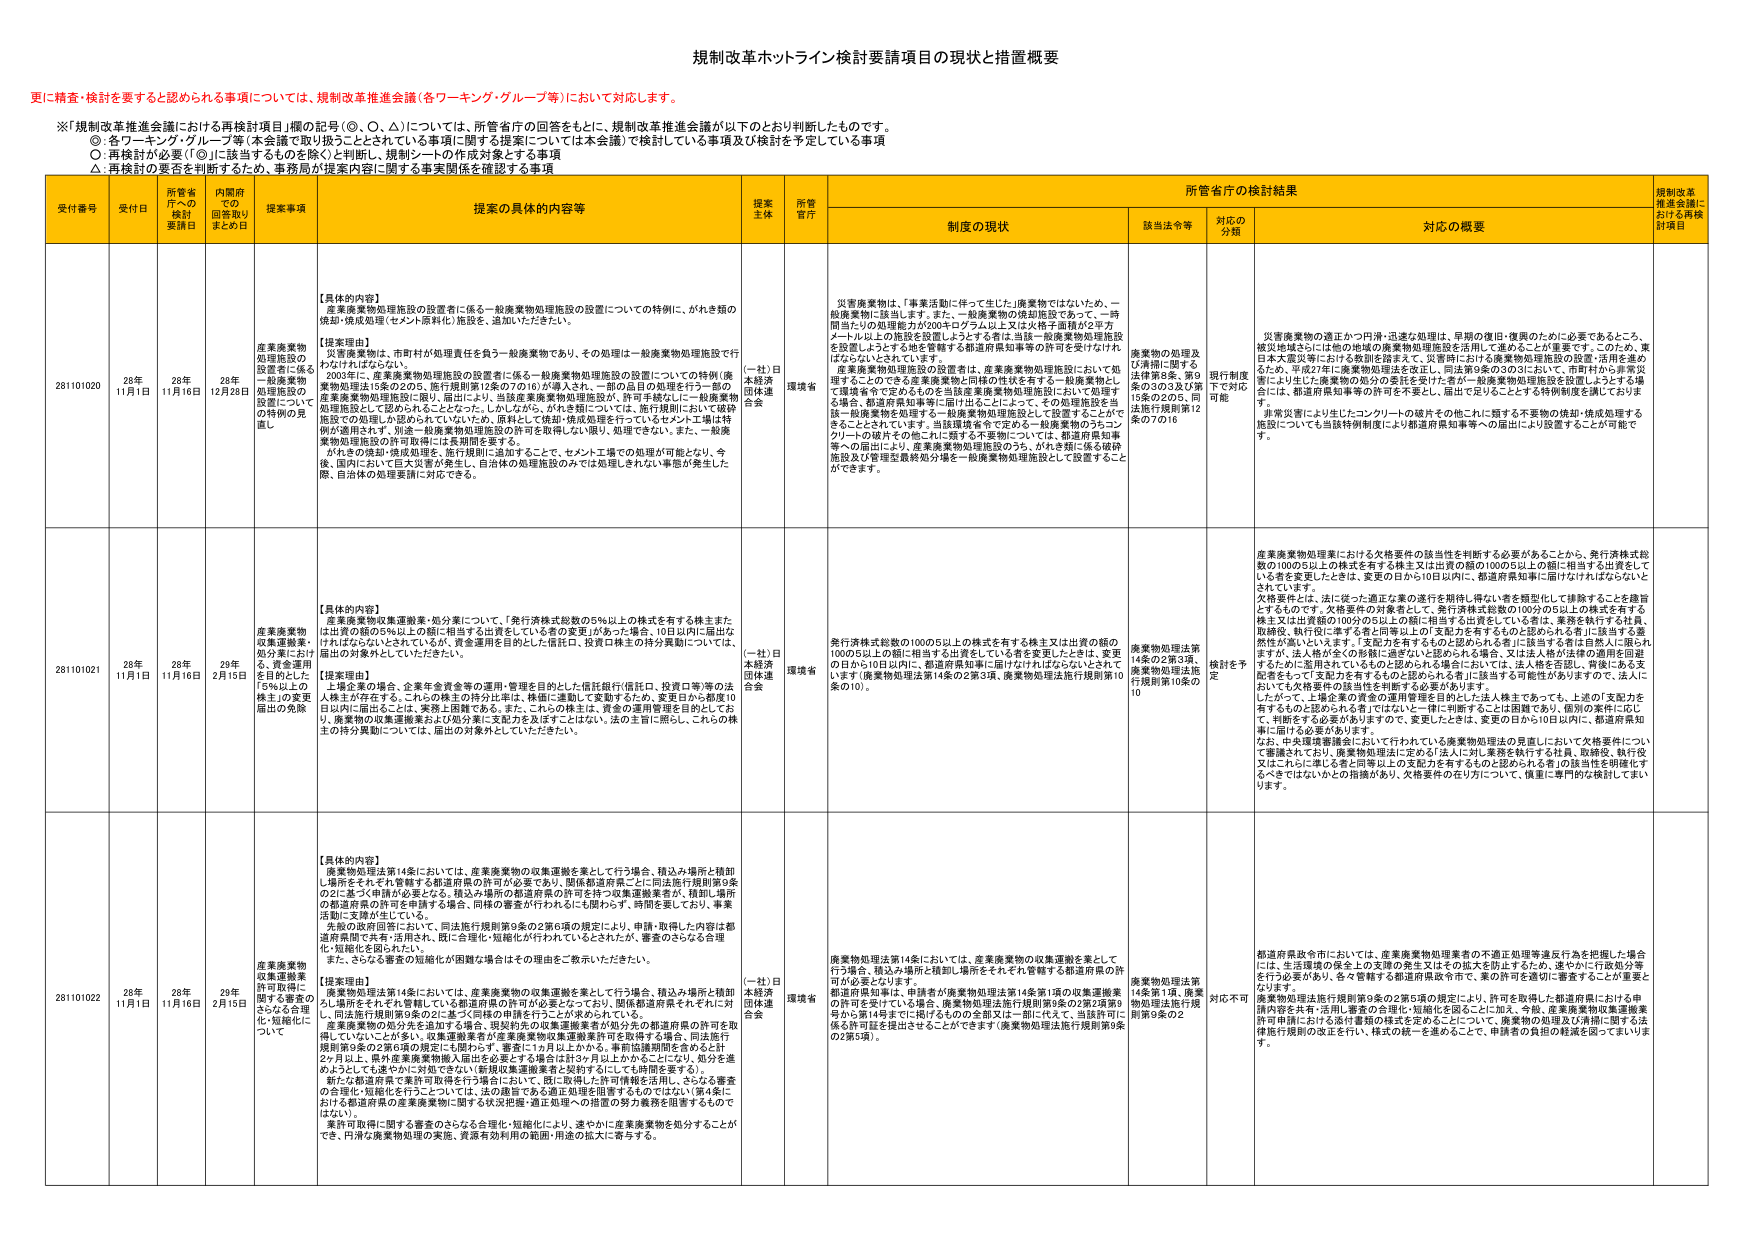
規制改革ホットライン検討要請項目の現状と措置概要

更に精査・検討を要すると認められる事項については、規制改革推進会議（各ワーキンググループ等）において対応します。

※「規制改革推進会議における再検討項目」欄の記号（○、◎、△）については、所管省庁の回答をもとに、規制改革推進会議が以下のとおり判断したものです。
○：各ワーキング・グループ等（本会議で取り扱うこととされている事項に関する提案については本会議）で検討している事項及び検討を予定している事項
◎：再検討が必要（「◎」に該当するものと除く）と判断し、規制シートの作成対象とする事項
△：再検討の要否を判断するため、事務局が提案内容に関する事実関係を確認する事項

受付番号 受付日 所管省庁への検討要請日 内閣府での回答取りまとめ日 提案事項 提案の具体的内容等 提案主体 所管省庁 所管省庁の検討結果 規制改革推進会議における再検討項目
制度の現状 該当法令等 対応の分類 対応の概要

281101020 28年11月1日 28年11月16日 28年12月28日 産業廃棄物処理施設の設置者に係る一般廃棄物処理施設の設置についての特例の見直し 【具体的內容】
産業廃棄物処理施設の設置者に係る一般廃棄物処理施設の設置についての特例に、がれき類の焼却・焼成処理（セメント原料化）施設を、追加いただきたい。

【提案理由】
災害廃棄物は、市町村が処理責任を負う一般廃棄物であり、その処理は一般廃棄物処理施設で行わなければならない。
2003年に、産業廃棄物処理施設の設置者に係る一般廃棄物処理施設の設置についての特例（廃棄物処理法15条の2の5、施行規則第12条の7の16）が導入され、一部の品目が処理を行う一部の産業廃棄物処理施設の設置者に、当該施設の設置に係る許可を、当該施設の設置者に係る一般廃棄物処理施設として認められることとなった。しかしながら、がれき類については、施行規則において破砕施設での処理しか認められていないため、原料として焼却・焼成処理を行っているセメント工場は特例が適用されず、別途一般廃棄物処理施設の許可を取得しない限り、処理できない。また、一般廃棄物処理施設の許可取得には長期間を要する。
がれきの焼却・焼成処理を、施行規則に追加することで、セメント工場での処理が可能となり、今後、国内において巨大災害が発生し、自治体の処理施設のみでは処理しきれない事態が発生した際、自治体の処理要請に対応できる。 （一社）日本経済団体連合会 環境省 災害廃棄物は、「事業活動に伴って生じた」廃棄物ではないため、一般廃棄物に該当します。また、一般廃棄物の焼却施設であって、一時間当たりの処理能力が200キログラム以上又は火焔子面積が2平方メートル以上の施設を設置しようとする者は、当該一般廃棄物処理施設を設置しようとする地を管轄する都道府県知事等の許可を受けなければならんとされています。
産業廃棄物処理施設の設置者は、産業廃棄物処理施設において処理することのできる産業廃棄物と同様の性状を有する一般廃棄物として環境省令で定めるものを当該産業廃棄物処理施設において処理する場合、都道府県知事等に届け出ることによって、その処理施設を当該一般廃棄物を処理する一般廃棄物処理施設として設置することができるとしています。当該環境省令で定める一般廃棄物のうちコンクリートの破片その他これに類する不要物については、都道府県知事等への届出により、産業廃棄物処理施設のうち、がれき類に係る破砕施設及び管理監視検知分離一般廃棄物処理施設として設置することができる。 廃棄物の処理及び清掃に関する法律第8条、第9条の3の3及び第15条の2の5、同法施行規則第12条の7の16 現行制度下で対応可能 災害廃棄物の適正かつ円滑・迅速な処理は、早期の復旧・復興のために必要であるところ、被災地域さらには他の地域の産業廃棄物処理施設を活用して進めることが重要です。このため、東日本大震災等における教訓を踏まえて、災害時における廃棄物処理施設の設置・活用を進めるため、平成27年に廃棄物処理法を改正し、同法第9条の3の3において、市町村から非常災害により生じた産業物の処分の委託を受けた者が一般廃棄物処理施設を設置しようとする場合には、都道府県知事等の許可を不要とし、届出で足りることとする特例制度を講じております。
非常災害により生じたコンクリートの破片その他これに類する不要物の焼却・焼成処理する施設についても当該特例制度により都道府県知事等への届出により設置することが可能です。

281101021 28年11月1日 28年11月16日 28年2月15日 産業廃棄物収集運搬業・処分業にあつける15%以上の株主の変更届出の免除 【具体的內容】
産業廃棄物収集運搬業・処分業について、「発行済株式総数の5%以上の株式を有する株主または出資の額の5%以上の額に相当する出資をしている者の変更」があった場合、10日以内に届出が行われないといけないが、資金運用を目的とした信託口、投資口株主の持分異動については、届出の対象外としていただきたい。

【提案理由】
上場企業の株価、企業年金資金等の運用・管理を目的とした信託銀行信託口、投資口等の法人株主が存在する。これらの株主の持分は単に株価に連動して変動するため、変更日から起算10日以内に届出ることは、実務上困難である。また、これらの株主は、資金の運用管理を目的としており、廃棄物の収集運搬業および処分業に支配力を及ぼすことはない。法の主旨に照らし、これらの株主の持分異動については、届出の対象外としていただきたい。 （一社）日本経済団体連合会 環境省 発行済株式総数の100の5以上の株式を有する株主又は出資の額の100の5以上の額に相当する出資をしている者を変更したときは、変更の日から10日以内に、都道府県知事に届け出なければならない。発行済株式総数の100の5以上の株式を有する株主又は出資の額の100の5以上の額に相当する出資をしている者を変更したときは、変更の日から10日以内に、都道府県知事に届け出なければならない。 廃棄物処理法第14条の2第3項、廃棄物処理法施行規則第10条の10 検討を予定 産業廃棄物処理業における欠格要件の該当性を判断する必要があることから、発行済株式総数の100の5以上の株式を有する株主又は出資の額の100の5以上の額に相当する出資をしている者を変更したときは、変更の日から10日以内に、都道府県知事に届け出なければならないとされています。
欠格要件とは、法に従った適正な業の運営を期待し得ない者を類型化して排除することを趣旨とするものです。欠格要件の対象者として、発行済株式総数の100分の5以上の株式を有する株主又は出資額の100分の5以上の額に相当する出資をしている者は、業務を執行する社員、取締役、執行役に準ずる者と同等以上の支配力を有するものと認められる者と、該当する者は自然人に限られますが、法人格が全くの形骸に過ぎないと認められる場合、又は法人格が法律の適用を回避するために濫用されているものと認められる場合においては、法人格を否定し、再倒である支配者をもって「支配力を有するものと認められる者」に該当する可能性がありますので、法人においても欠格要件の該当性を判断する必要があります。
したがって、上場企業の資金の運用管理を目的とした法人株主であっても、上記の「支配力を有するものと認められる者」ではないと一律に判断することは困難であり、個別の実情に応じて、判断をする必要があり、変更したときは、変更の日から10日以内に、都道府県知事に届け出る必要があります。
なお、中央環境審議会において行われている廃棄物処理法の見直しにおいて欠格要件について審議されており、廃棄物処理法に定める「法人に於いて、業務を執行する社員、取締役、執行役又はこれに準じる者と同等以上の支配力を有するものと認められる者」の該当性を明確化するべきではないかとの指摘があり、欠格要件の在り方について、慎重に審議的な検討してまいります。

281101022 28年11月1日 28年11月16日 28年2月15日 産業廃棄物収集運搬業許可取得に関する審査のさらなる合理化・短期化について 【具体的內容】
廃棄物処理法第14条においては、産業廃棄物の収集運搬を業として行う場合、積込み場所と積卸し場所をそれぞれ管轄する都道府県の許可が必要となっており、関係都道府県ごとに同法施行規則第9条の2に基づく申請が必要となる。積込み場所の都道府県の許可を持つ収集運搬業者が、積卸し場所の都道府県の許可を申請する場合、同様の審査が行われるにも関わらず、時間を要しており、事業活動に支障が生じている。
先般の政府回答において、同法施行規則第9条の2第6項の規定により、申請・取得した内容は都道府県間で共有・活用可能、既に合理化・短期化が行われていることだが、審査のさらなる合理化・短期化を図りたい。
また、さらなる審査の短期化が困難な場合はその理由をご教示いただきたい。

【提案理由】
廃棄物処理法第14条においては、産業廃棄物の収集運搬を業として行う場合、積込み場所と積卸し場所をそれぞれ管轄している都道府県の許可が必要となっており、関係都道府県それぞれに対し、同法施行規則第9条の2に基づく申請の再審査を行うことが求められている。
産業廃棄物の処分先を追加する場合、現段階の収集運搬業者が処分先の都道府県の許可を取得していることが多く、収集運搬業者が産業廃棄物収集運搬業許可を取得する場合、同法施行規則第9条の2第6項の規定にも関わらず、審査に1ヶ月以上かかる。事務協議期間を含めると計2ヶ月以上、県外産業廃棄物搬入届出を必要とする場合は計3ヶ月以上かかる。処分を進めるようにしても速やかに対処できない（新規収集運搬業者と契約するにしても時間を要する）。
新たな都道府県で業許可取得を行う場合において、既に取得した許可情報を活用し、さらなる審査の合理化・短期化を行うことについては、法の趣旨である適正処理を阻害するものではない（第4条における都道府県の産業廃棄物に関する状況把握・適正処理への措置の努力義務を阻害するものではない）。
業許可取得に関する審査のさらなる合理化・短期化により、速やかに産業廃棄物を処分することがで、円滑な廃棄物処理の実施、資源有効利用の範囲・用途の拡大に寄与する。 （一社）日本経済団体連合会 環境省 廃棄物処理法第14条においては、産業廃棄物の収集運搬を業として行う場合、積込み場所と積卸し場所をそれぞれ管轄する都道府県の許可が必要となります。
都道府県知事は、申請者が廃棄物処理法第14条第1項の収集運搬業の許可を受けている場合、廃棄物処理法施行規則第9条の2第2項第9号から第14号までに掲げるものの全部又は一部に従って、当該許可に係る許可証を提出させることができます（廃棄物処理法施行規則第9条の2第5項）。 廃棄物処理法第14条第1項、廃棄物処理法施行規則第9条の2 対応不可 都道府県政令市においては、産業廃棄物処理業者の不適正処理等違反行為を把握した場合には、生活環境の保全上の支援の発生又はその拡大を防止するため、速やかに行政処分等を行う必要があり、各々管轄する都道府県政令市で、業の許可を適切に審査することが重要となります。
廃棄物処理法施行規則第9条の2第5項の規定により、許可を取得した都道府県における申請内容を共有・活用し、審査の合理化・短期化を図ることに加え、今般、産業廃棄物収集運搬業許可申請における添付書類の様式を定めることについて、廃棄物の処理及び清掃に関する法施行規則の改正を行い、様式の統一を進めることで、申請者の負担の軽減を図ってまいります。